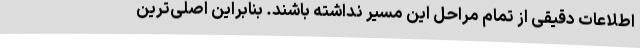
اطلاعات دقیقی از تمام مراحل این مسیر نداشته باشند. بنابراین اصلی‌ترین